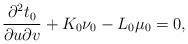
LaTeX: \begin{align*} \frac{\partial^2t_0}{\partial u\partial v}+K_0\nu_0-L_0\mu_0=0,\end{align*}